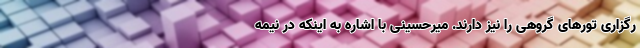
رگزاری تورهای گروهی را نیز دارند. میرحسینی با اشاره به اینکه در نیمه